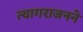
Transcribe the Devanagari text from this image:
त्यागराजनने